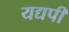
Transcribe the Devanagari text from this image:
यद्यपी